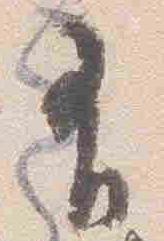
有